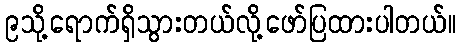
၉သို့ရောက်ရှိသွားတယ်လို့ဖော်ပြထားပါတယ်။